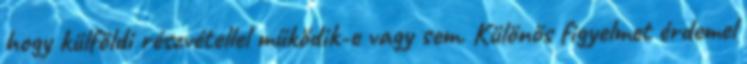
hogy külföldi részvétellel működik-e vagy sem. Különös figyelmet érdemel